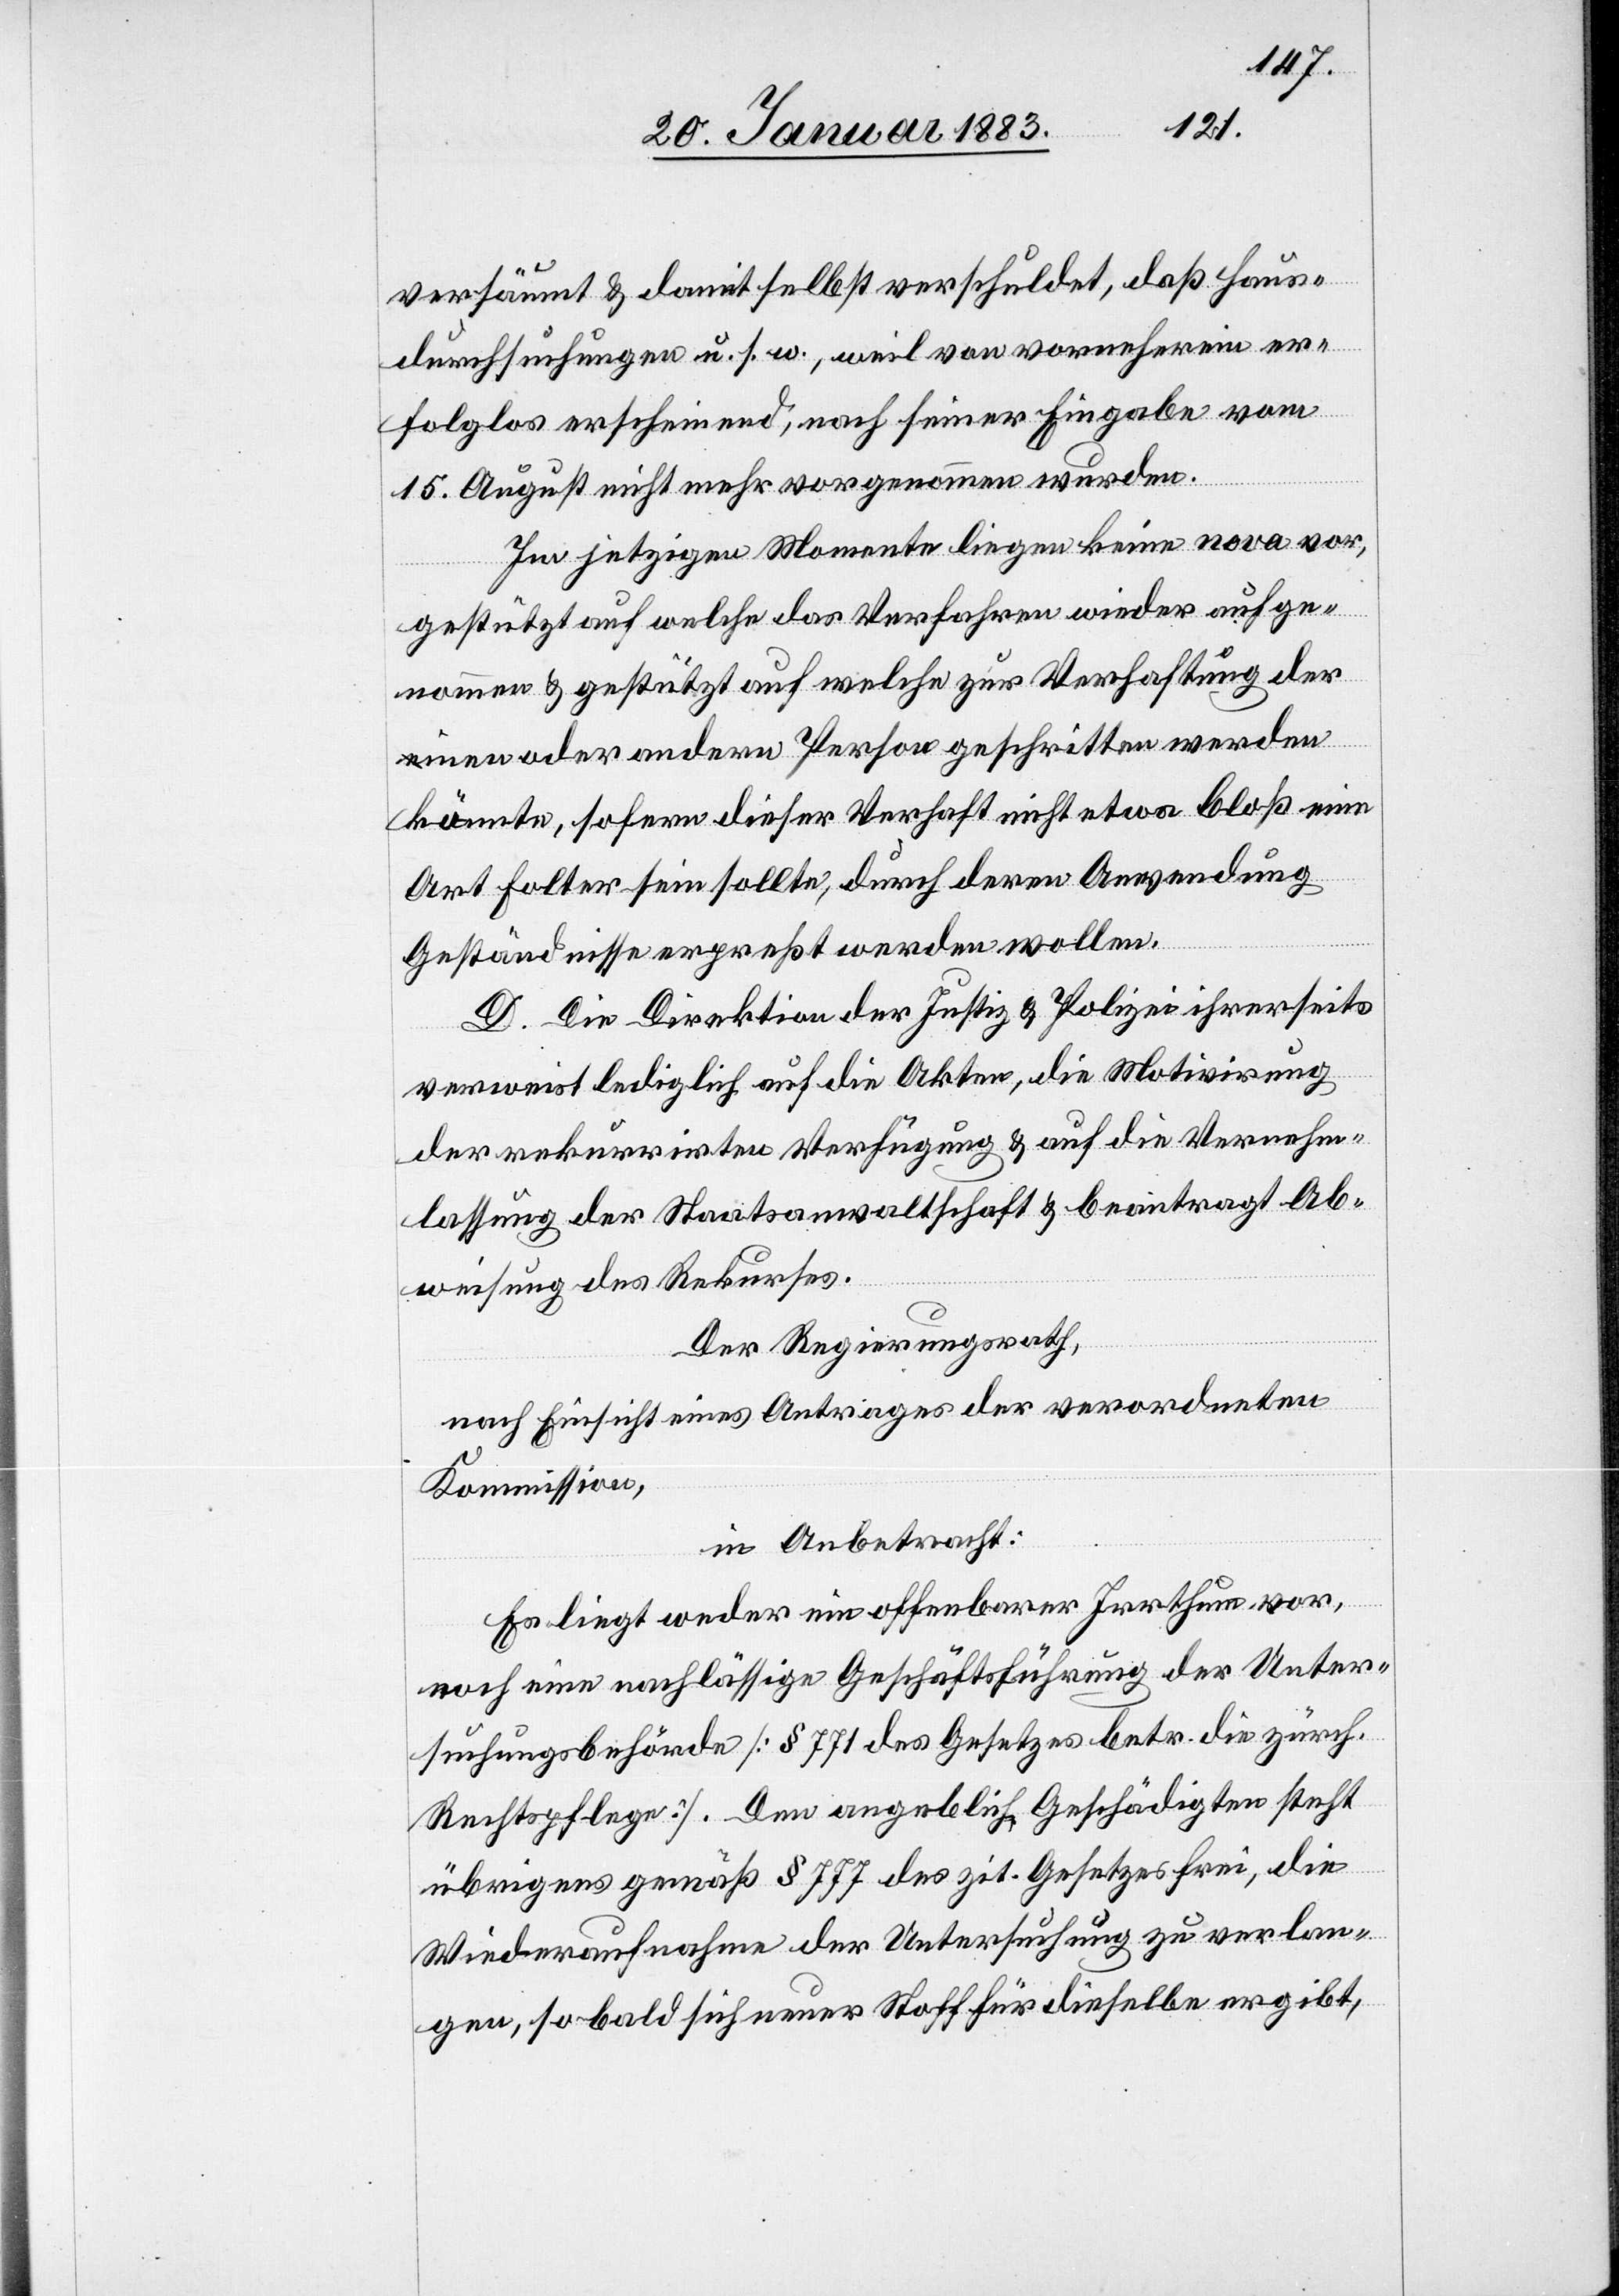
versäumt & damit selbst verschuldet, daß Haus¬
durchsuchungen u. s. w., weil von vorneherein er¬
folglos erscheinend, nach seiner Eingabe vom
15. August nicht mehr vorgenommen wurden.
Im jetzigen Momente liegen keine nova vor,
gestützt auf welche das Verfahren wieder aufge¬
nommen & gestützt auf welche zur Verhaftung der
einen oder andern Person geschritten werden
könnte, sofern dieser Verhaft nicht etwa bloß eine
Art Folter sein sollte, durch deren Anwendung
Geständnisse erpreßt werden wollen.
D. Die Direktion der Justiz & Polizei ihrerseits
verweist lediglich auf die Akten, die Motivirung
der rekurrirten Verfügung & auf die Vernehm¬
lassung der Staatsanwaltschaft & beantragt Ab¬
weisung des Rekurses.
Der Regierungsrath,
nach Einsicht eines Antrages der verordneten
Kommission,
in Anbetracht:
Es liegt weder ein offenbarer Irrthum vor,
noch eine nachlässige Geschäftsführung der Unter¬
suchungsbehörde [§ 771 des Gesetzes betr. die zürch.
Rechtspflege]. Den angeblich Geschädigten steht
übrigens gemäß § 777 des zit. Gesetzes frei, die
Wiederaufnahme der Untersuchung zu verlan¬
gen, so bald sich neuer Stoff für dieselbe ergibt,